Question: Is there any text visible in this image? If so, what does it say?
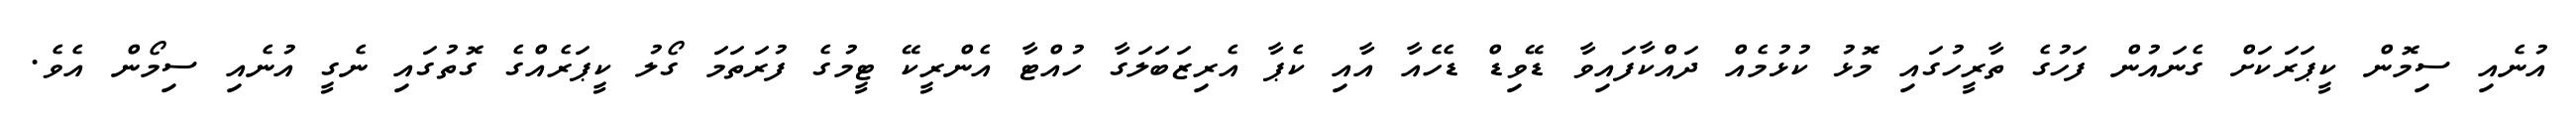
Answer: އުނެއި ސިމޮން ކީޕަރަކަށް ގެނައުން ފަހުގެ ތާރީހުގައި މޮޅު ކުޅުމެއް ދައްކާފައިވާ ޑޭވިޑް ޑެހެއާ އާއި ކެޕާ އެރިޒަބަލަގާ ހުއްޓާ އެންރީކޭ ޓީމުގެ ފުރަތަމަ ގޯލު ކީޕަރެއްގެ ގޮތުގައި ނެގީ އުނެއި ސިމޯން އެވެ.